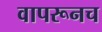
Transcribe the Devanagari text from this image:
वापरूनच